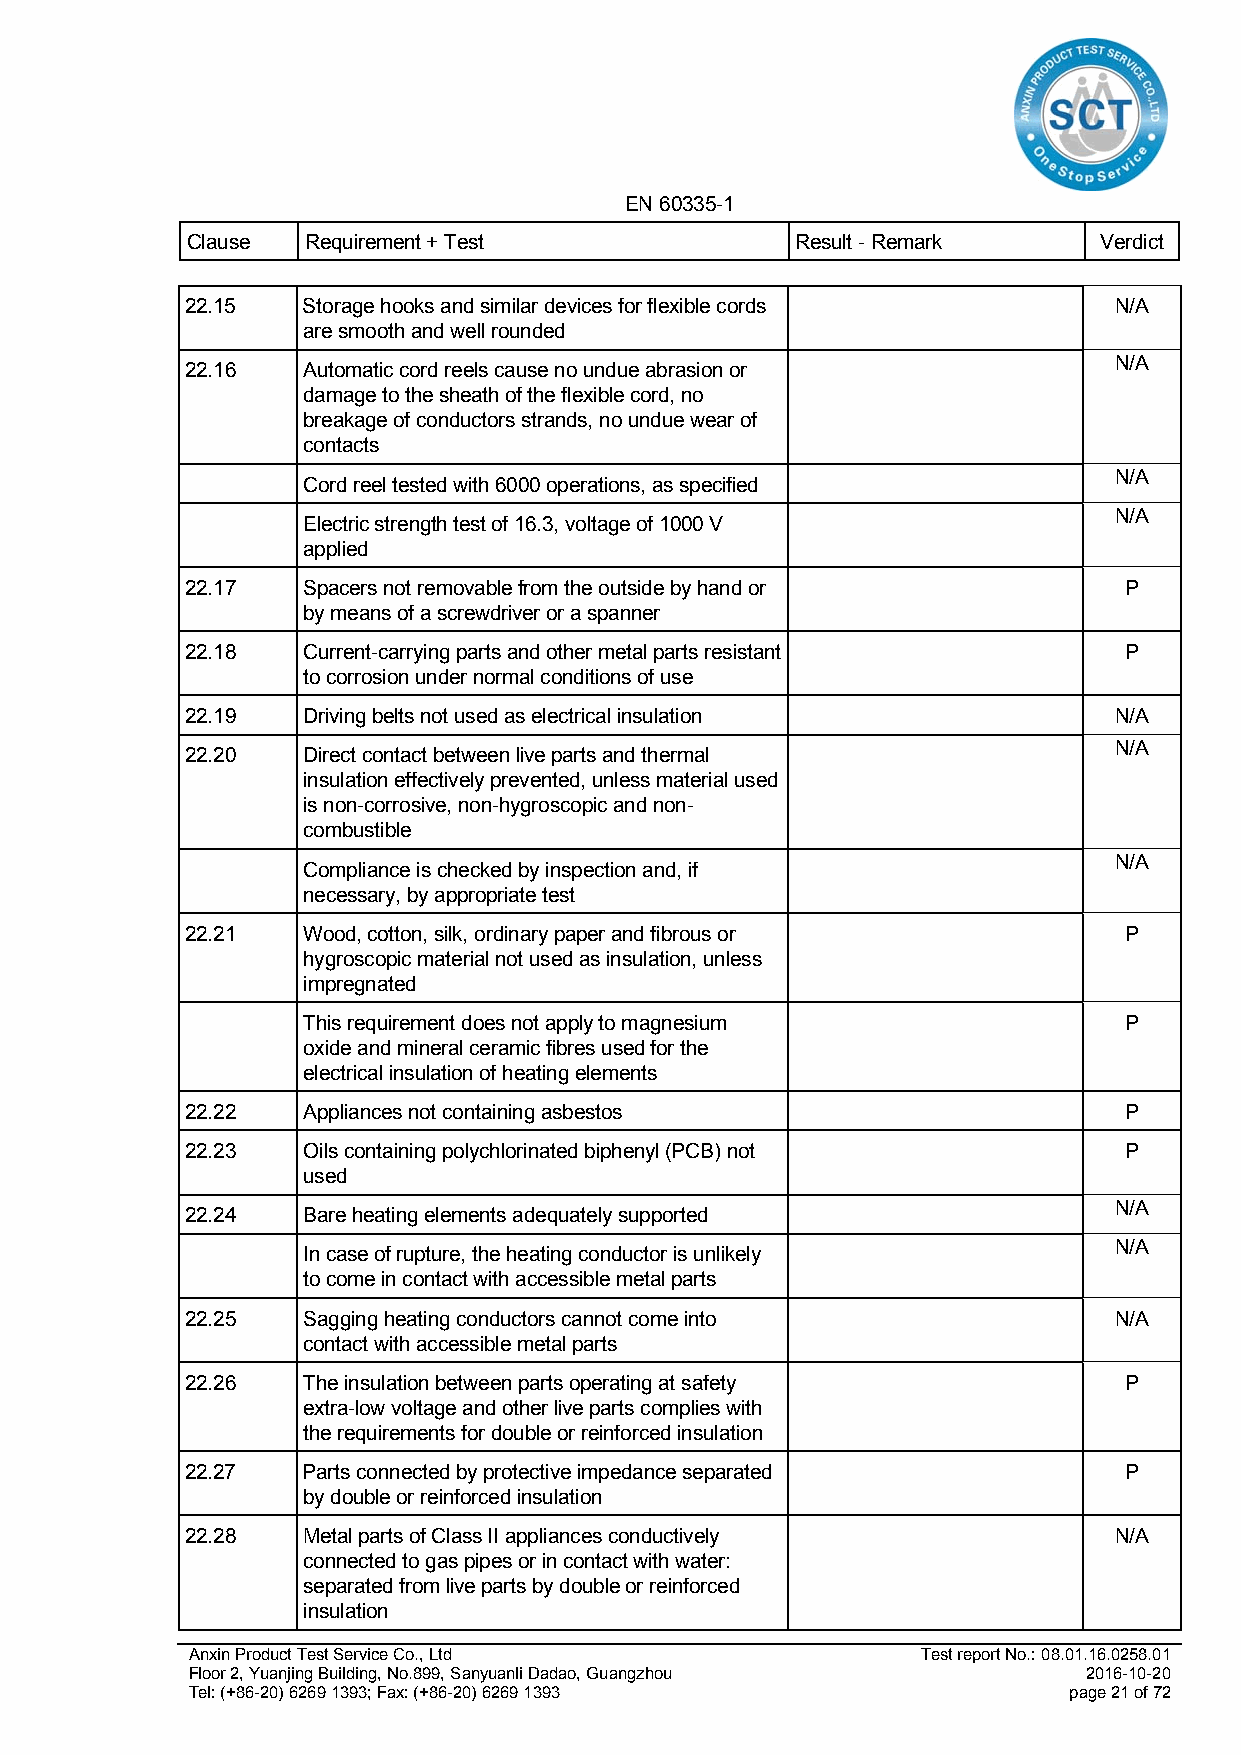
EN 60335-1
 Clause  Requirement + Test               Result - Remark     Verdict
 22.15   Storage hooks and similar devices for flexible cords  N/A
 are smooth and well rounded
 N/A
 22.16   Automatic cord reels cause no undue abrasion or
 damage to the sheath of the flexible cord, no
 breakage of conductors strands, no undue wear of
 contacts
 N/A
 Cord reel tested with 6000 operations, as specified
 N/A
 Electric strength test of 16.3, voltage of 1000 V
 applied
 22.17   Spacers not removable from the outside by hand or     P
 by means of a screwdriver or a spanner
 22.18   Current-carrying parts and other metal parts resistant P
 to corrosion under normal conditions of use
 22.19   Driving belts not used as electrical insulation       N/A
 N/A
 22.20   Direct contact between live parts and thermal
 insulation effectively prevented, unless material used
 is non-corrosive, non-hygroscopic and non-
 combustible
 N/A
 Compliance is checked by inspection and, if
 necessary, by appropriate test
 22.21   Wood, cotton, silk, ordinary paper and fibrous or     P
 hygroscopic material not used as insulation, unless
 impregnated
 This requirement does not apply to magnesium          P
 oxide and mineral ceramic fibres used for the
 electrical insulation of heating elements
 22.22   Appliances not containing asbestos                    P
 22.23   Oils containing polychlorinated biphenyl (PCB) not    P
 used
 N/A
 22.24   Bare heating elements adequately supported
 N/A
 In case of rupture, the heating conductor is unlikely
 to come in contact with accessible metal parts
 22.25   Sagging heating conductors cannot come into           N/A
 contact with accessible metal parts
 22.26   The insulation between parts operating at safety      P
 extra-low voltage and other live parts complies with
 the requirements for double or reinforced insulation
 22.27   Parts connected by protective impedance separated     P
 by double or reinforced insulation
 22.28   Metal parts of Class II appliances conductively       N/A
 connected to gas pipes or in contact with water:
 separated from live parts by double or reinforced
 insulation
 Anxin Product Test Service Co., Ltd              Test report No.: 08.01.16.0258.01
 Floor 2, Yuanjing Building, No.899, Sanyuanli Dadao, Guangzhou 2016-10-20
 Tel: (+86-20) 6269 1393; Fax: (+86-20) 6269 1393           page 21 of 72